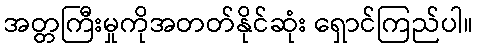
အတ္တကြီးမှုကိုအတတ်နိုင်ဆုံး ရှောင်ကြည်ပါ။